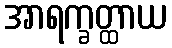
အာရက္ခတ္ထာယ